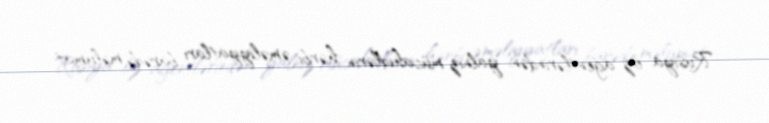
Rusiya öz agentlərindən yalnız mücahidlərin hərbi əməliyyatları barədə məlumat